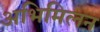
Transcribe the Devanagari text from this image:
अभिमिलन